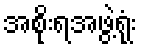
အစိုးရအဖွဲ့ရုံး